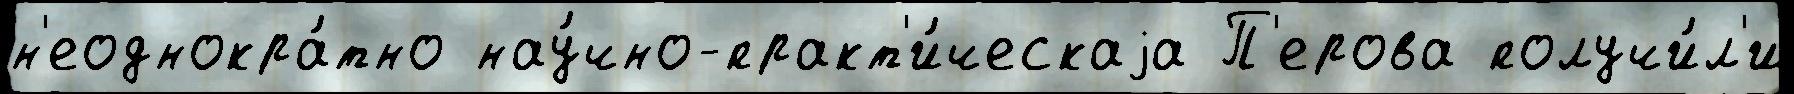
н'еоднокра́тно нау́чно-практ'и́ческаjа П'ерова получи́л'и